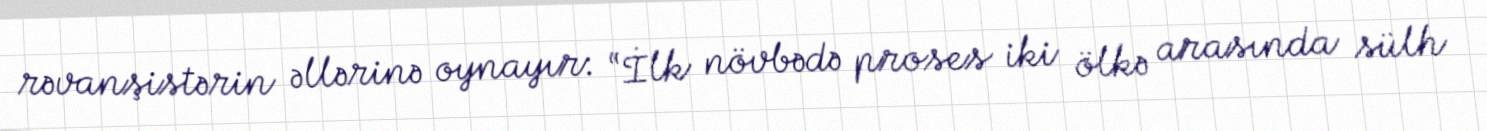
rəvanşistərin əllərinə oynayır: “İlk növbədə proses iki ölkə arasında sülh